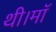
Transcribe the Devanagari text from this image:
थी।माॅ